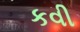
કવી